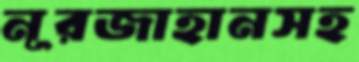
নূরজাহানসহ